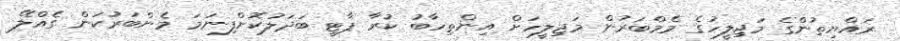
ރައްޔިތުންގެ މަޖިލީހުގެ މެމްބަރުން މަޖިލީހަށް އިންތިހާބު ކުރާ ޕާޓީ ބަދަލުކޮށްފިނަމަ މެންބަރުކަން ގެއްލޭ